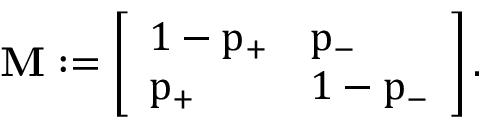
\bf { M } : = \left[ \begin{array} { l l } { 1 - p _ { + } } & { p _ { - } } \\ { p _ { + } } & { 1 - p _ { - } } \end{array} \right] .